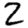
Digit: 2